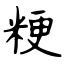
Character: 粳